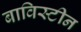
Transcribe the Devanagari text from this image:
बाविस्टीन